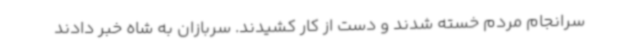
سرانجام مردم خسته شدند و دست از کار کشیدند. سربازان به شاه خبر دادند